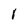
Character: 1